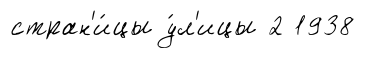
стран'и́цы у́л'ицы 2 1938